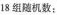
18组随机数：